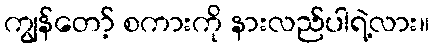
ကျွန်တော့် စကားကို နားလည်ပါရဲ့လား။